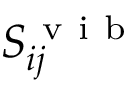
S _ { i j } ^ { \mathrm { ~ v ~ i ~ b ~ } }